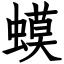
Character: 蟆